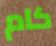
كام